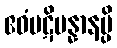
ဧဝံပဋိပန္နာနမ္ပိ